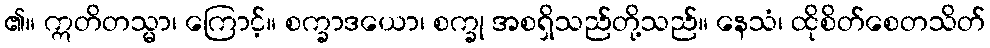
၏။ ဣတိတသ္မာ၊ ကြောင့်။ စက္ခာဒယော၊ စက္ခု အစရှိသည်တို့သည်။ နေသံ၊ ထိုစိတ်စေတသိတ်